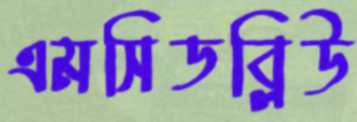
এমসিডব্লিউ